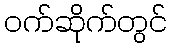
ဝက်ဆိုက်တွင်